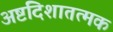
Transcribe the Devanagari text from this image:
अष्टदिशातत्मक